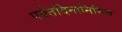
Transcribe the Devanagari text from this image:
पर्वतदिनानिमित्त